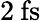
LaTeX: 2\: \mathrm{fs}